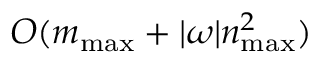
O ( m _ { \mathrm { m a x } } + | \omega | n _ { \mathrm { m a x } } ^ { 2 } )